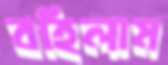
বহিলাম